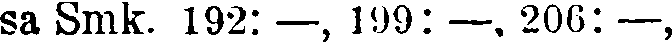
sa Smk. 192: —, 199: —, 206: —,